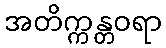
အတိက္ကန္တဝရာ